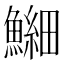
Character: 𫙶